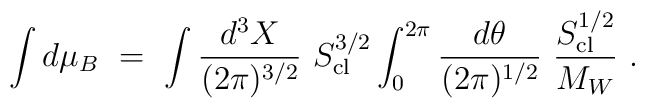
\int d\mu_B \ = \ \int {d^3 X \over (2 \pi)^{3/2}} \ S_{\rm cl}^{3/2}\int_{0}^{2\pi} {d\theta \over (2 \pi)^{1/2}}  \ {S_{\rm cl}^{1/2}\over M_W}\ .